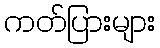
ကတ်ပြားများ